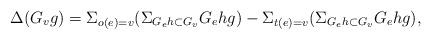
LaTeX: \begin{align*}\Delta(G_vg)=\Sigma_{o(e)=v}(\Sigma_{G_eh\subset{G_v}}G_ehg)-\Sigma_{t(e)=v}(\Sigma_{G_eh\subset{G_v}}G_ehg),\end{align*}